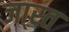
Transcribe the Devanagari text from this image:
जा्स्त